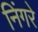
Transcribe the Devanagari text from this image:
निंगरे